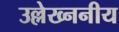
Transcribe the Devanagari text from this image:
उल्लेख्ननीय